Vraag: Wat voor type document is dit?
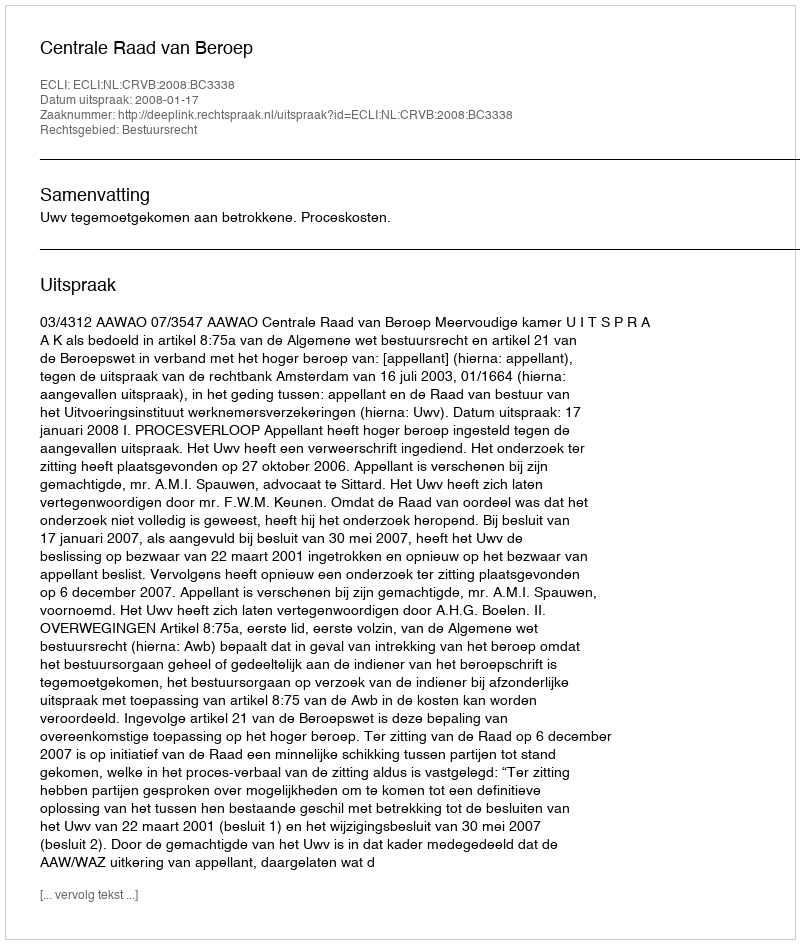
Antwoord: Uitspraak